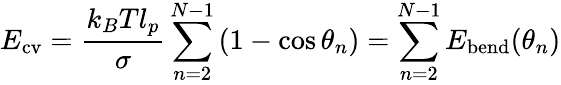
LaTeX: E_{\mathrm{cv}}=\frac{k_{B}Tl_{p}}{\sigma}\sum_{n=2}^{N-1}\left(1-\cos{\theta_{n}}\right)=\sum_{n=2}^{N-1}E_{\mathrm{bend}}(\theta_{n})